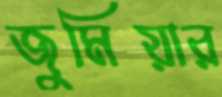
জুমিয়ার